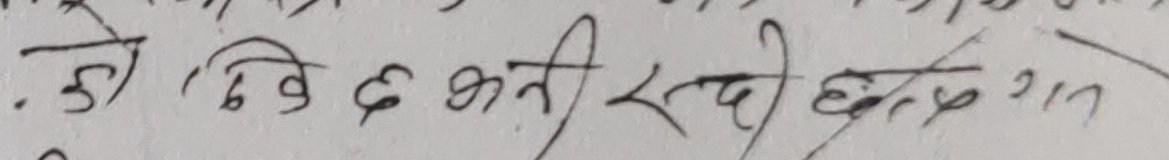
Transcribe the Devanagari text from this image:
१) दिइ छ कती रछ ?